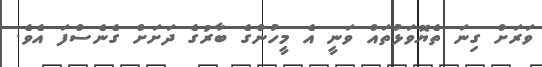
ވަރަށް ގިނަ ތެޔޮވަޅުތައް ވަނީ އެ މީހުންގެ ބާރުގެ ދަށަށް ގެނެސްފަ އެވެ.